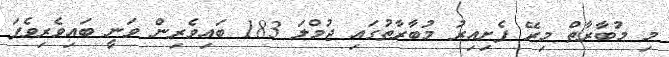
މި މުބާރާތް މިރޭ ފެށިއިރު މުބާރާތުގައި ޖުމްލަ 183 ބައިވެރިން ވަނީ ބައިވެރިވެފަ